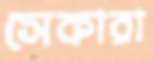
সেকারা